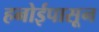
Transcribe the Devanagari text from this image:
हनोईपासून